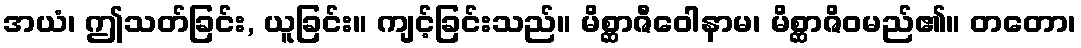
အယံ၊ ဤသတ်ခြင်း, ယူခြင်း။ ကျင့်ခြင်းသည်။ မိစ္ဆာဇီဝေါနာမ၊ မိစ္ဆာဇိဝမည်၏။ တတော၊